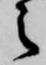
之